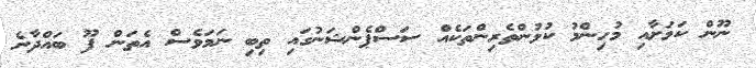
ނޫން ކަމަށާއި މުހިންމު ކުޅުންތެރިންތަކެއް ސަސްޕެންޝަނުގައި ތިބި ނަމަވެސް އެތަން ފޫ ބައްދާނެ